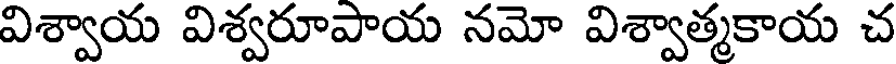
విశ్వాయ విశ్వరూపాయ నమో విశ్వాత్మకాయ చ